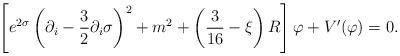
LaTeX: \begin{align*}\left[ e^{2\sigma}\left(\partial_i-\frac{3}{2}\partial_i\sigma \right)^2 + m^2 + \left( \frac{3}{16}-\xi \right) R \right]\varphi + V^\prime(\varphi)=0 .\end{align*}